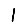
Digit: 1